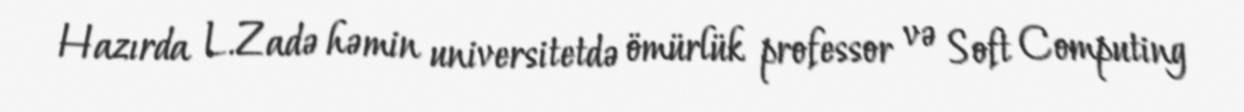
Hazırda L.Zadə həmin universitetdə ömürlük professor və Soft Computing